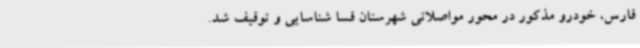
فارس، خودرو مذکور در محور مواصلاتی شهرستان فسا شناسایی و توقیف شد.